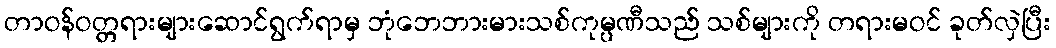
တာဝန်ဝတ္တရားများဆောင်ရွက်ရာမှ ဘုံဘေဘားမားသစ်ကုမ္ပဏီသည် သစ်များကို တရားမဝင် ခုတ်လှဲပြီး